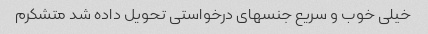
خیلی خوب و سریع جنسهای درخواستی تحویل داده شد متشکرم